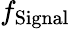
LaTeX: f_{\mathrm{Signal}}